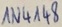
Text: IN4148